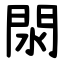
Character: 閖